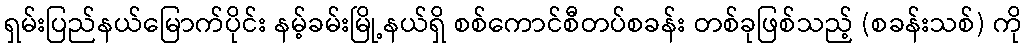
ရှမ်းပြည်နယ်မြောက်ပိုင်း နမ့်ခမ်းမြို့နယ်ရှိ စစ်ကောင်စီတပ်စခန်း တစ်ခုဖြစ်သည့် (စခန်းသစ်) ကို